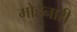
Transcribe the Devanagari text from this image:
मोहनारी